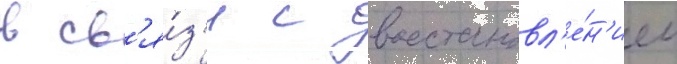
в св'я́з'и с восстановл'е́н'ием